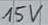
Text: 15V